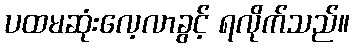
ပထမဆုံးလေ့လာခွင့် ရလိုက်သည်။